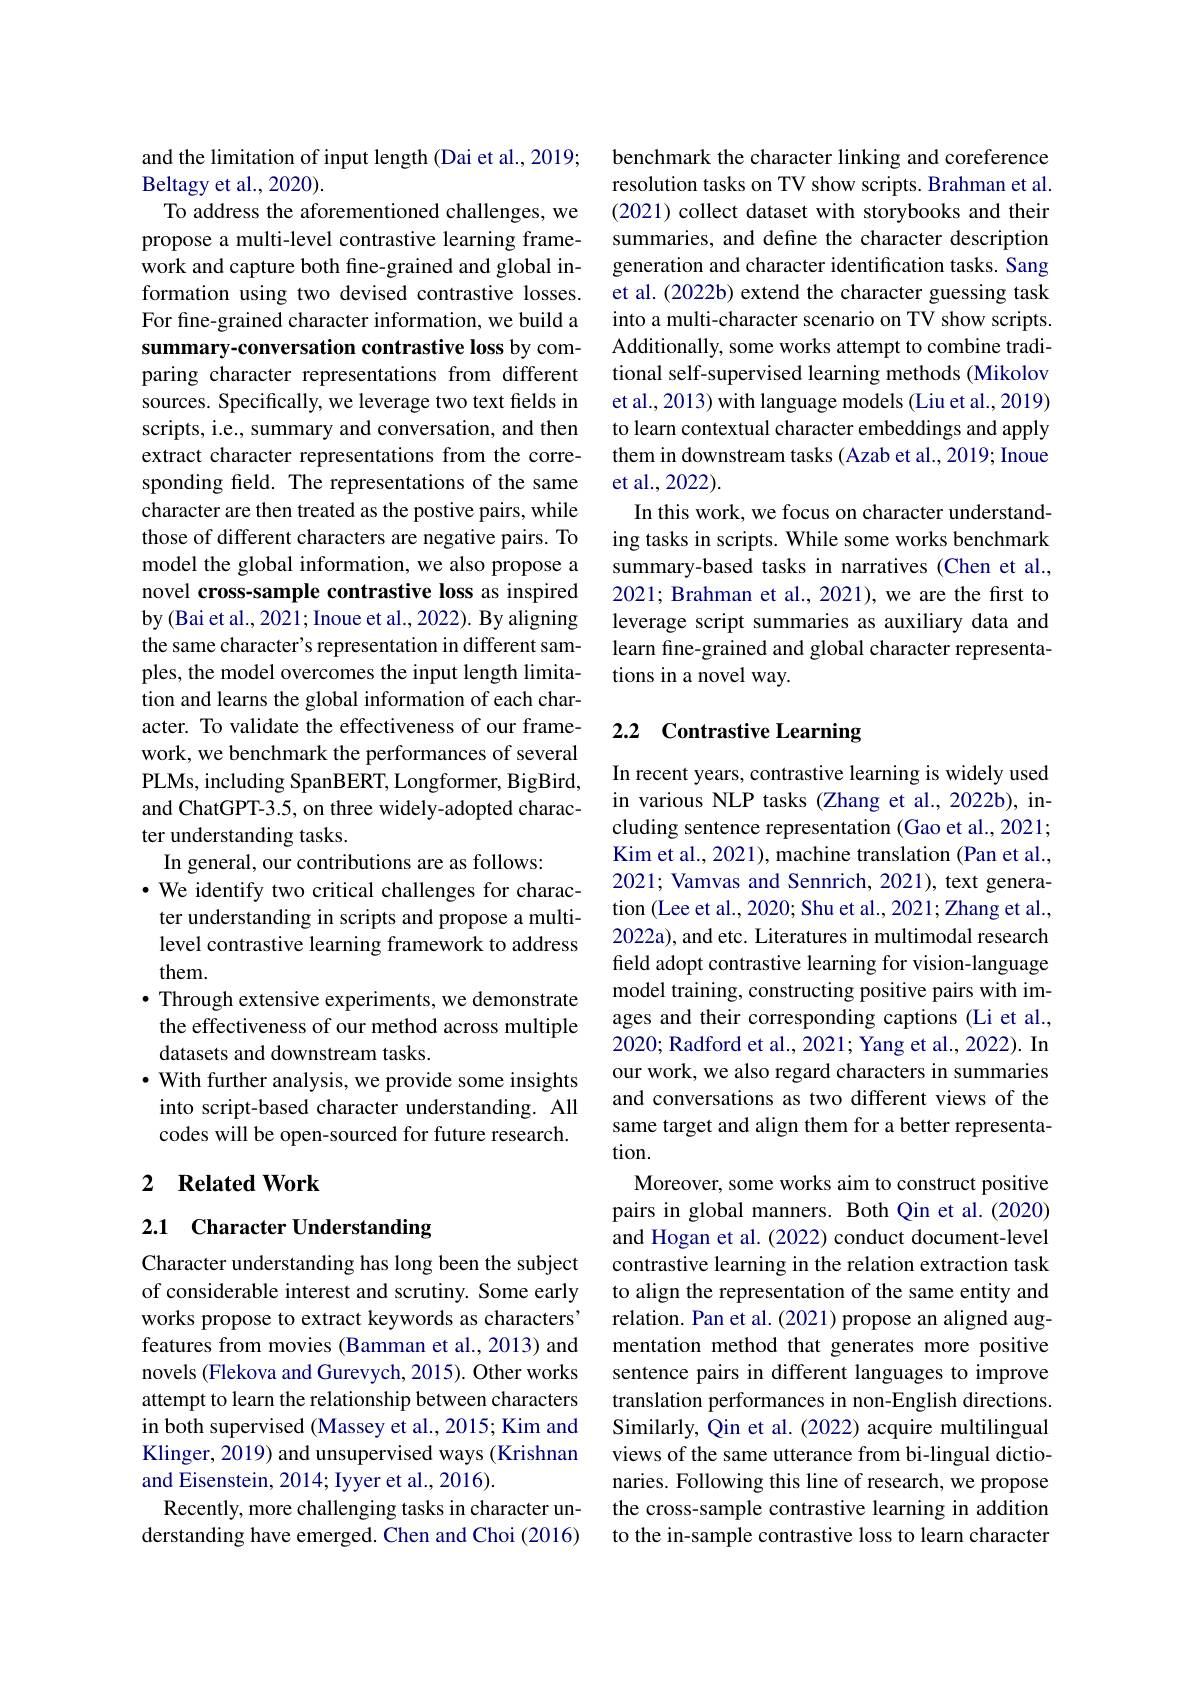
and the limitation of input length (Dai et al., 2019;
Beltagy et al., 2020).
To address the aforementioned challenges, we propose a multi-level contrastive learning framework and capture both fine-grained and global information using two devised contrastive losses. For fine-grained character information, we build a summary-conversation contrastive loss by comparing character representations from different sources. Specifically, we leverage two text fields in scripts, i.e., summary and conversation, and then extract character representations from the corresponding feld. The representations of the same character are then treated as the postive pairs, while those of different characters are negative pairs. To model the global information, we also propose a novel cross-sample contrastive loss as inspired by (Bai et al., 2021; Inoue et al., 2022). By aligning the same character's representation in different samples, the model overcomes the input length limitation and learns the global information of each character. To validate the effectiveness of our framework, we benchmark the performances of several PLMs, including SpanBERT, Longformer, BigBird, and ChatGPT-3.5, on three widely-adopted character understanding tasks.
In general, our contributions are as follows:
$\cdot$ We identify two critical challenges for character understanding in scripts and propose a multilevel contrastive learning framework to address them.
· Through extensive experiments, we demonstrate the effectiveness of our method across multiple datasets and downstream tasks.
$\bullet$ With further analysis, we provide some insights
into script-based character understanding. All codes will be open-sourced for future research.

### 2 $\textbf{Related Work}$

## 2.1 Character Understanding

Character understanding has long been the subject of considerable interest and scrutiny. Some early works propose to extract keywords as characters' features from movies (Bamman et al., 2013) and novels (Flekova and Gurevych, 2015). Other works attempt to learn the relationship between characters in both supervised (Massey et al., 2015; Kim and Klinger, 2019) and unsupervised ways (Krishnan and Eisenstein, 2014; Iyyer et al., 2016).
Recently, more challenging tasks in character understanding have emerged. Chen and Choi (2016)

benchmark the character linking and coreference resolution tasks on TV show scripts. Brahman et al. (2021) collect dataset with storybooks and their summaries, and define the character description generation and character identification tasks. Sang et al. (2022b) extend the character guessing task into a multi-character scenario on TV show scripts. Additionally, some works attempt to combine traditional self-supervised learning methods (Mikolov et al., 2013) with language models (Liu et al., 2019) to learn contextual character embeddings and apply them in downstream tasks (Azab et al., 2019; Inoue et al., 2022).
In this work, we focus on character understanding tasks in scripts. While some works benchmark summary-based tasks in narratives (Chen et al., 2021; Brahman et al., 2021), we are the first to leverage script summaries as auxiliary data and learn fine-grained and global character representations in a novel way.

## 2.2 Contrastive Learning

In recent years, contrastive learning is widely used in various NLP tasks (Zhang et al.,2022b), including sentence representation (Gao et al., 2021; Kim et al., 2021), machine translation (Pan et al., 2021; Vamvas and Sennrich, 2021), text generation (Lee et al., 2020; Shu et al., 2021; Zhang et al., 2022a), and etc. Literatures in multimodal research feld adopt contrastive learning for vision-language model training, constructing positive pairs with images and their corresponding captions (Li et al., 2020; Radford et al., 2021; Yang et al., 2022). In our work, we also regard characters in summaries and conversations as two different views of the same target and align them for a better representation.
Moreover, some works aim to construct positive pairs in global manners. Both Qin et al.(2020) and Hogan et al. (2022) conduct document-level contrastive learning in the relation extraction task to align the representation of the same entity and relation. Pan et al. (2021) propose an aligned augmentation method that generates more positive sentence pairs in different languages to improve translation performances in non-English directions. Similarly, Qin et al. (2022) acquire multilingual views of the same utterance from bi-lingual dictionaries. Following this line of research, we propose the cross-sample contrastive learning in addition to the in-sample contrastive loss to learn character